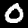
Label: 0